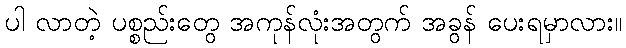
ပါ လာတဲ့ ပစ္စည်းတွေ အကုန်လုံးအတွက် အခွန် ပေးရမှာလား။